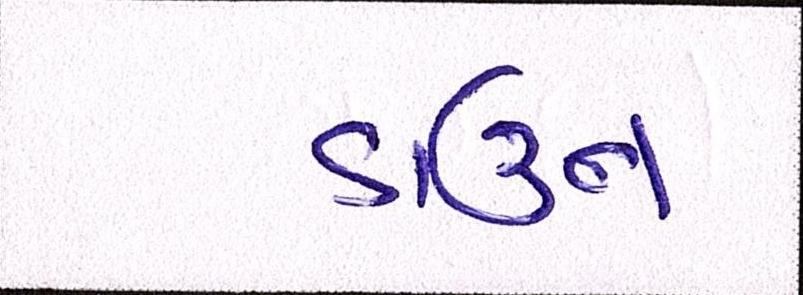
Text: ડાઉન